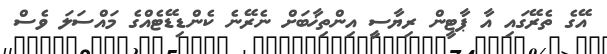
އޭގެ ތެރޭގައި އާ ޕާޓީން ރިޔާސީ އިންތިޚާބަށް ނެރޭނެ ކެންޑިޑޭޓެއްގެ މައްސަލަ ވެސް